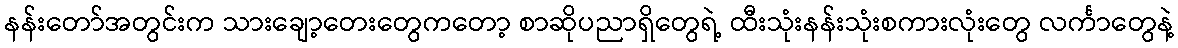
နန်းတော်အတွင်းက သားချော့တေးတွေကတော့ စာဆိုပညာရှိတွေရဲ့ ထီးသုံးနန်းသုံးစကားလုံးတွေ လင်္ကာတွေနဲ့